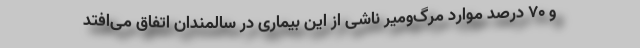
و ۷۰ درصد موارد مرگ‌ومیر ناشی از این بیماری در سالمندان اتفاق می‌افتد